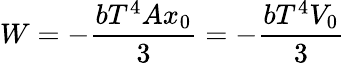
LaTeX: W=-{\frac{bT^{4}Ax_{0}}{3}}=-{\frac{bT^{4}V_{0}}{3}}